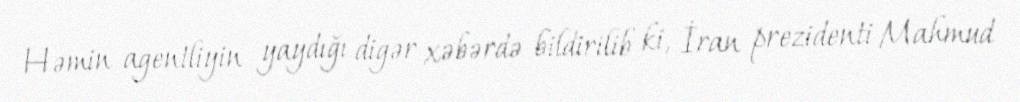
Həmin agentliyin yaydığı digər xəbərdə bildirilib ki, İran prezidenti Mahmud